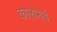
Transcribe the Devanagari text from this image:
कालाभाई